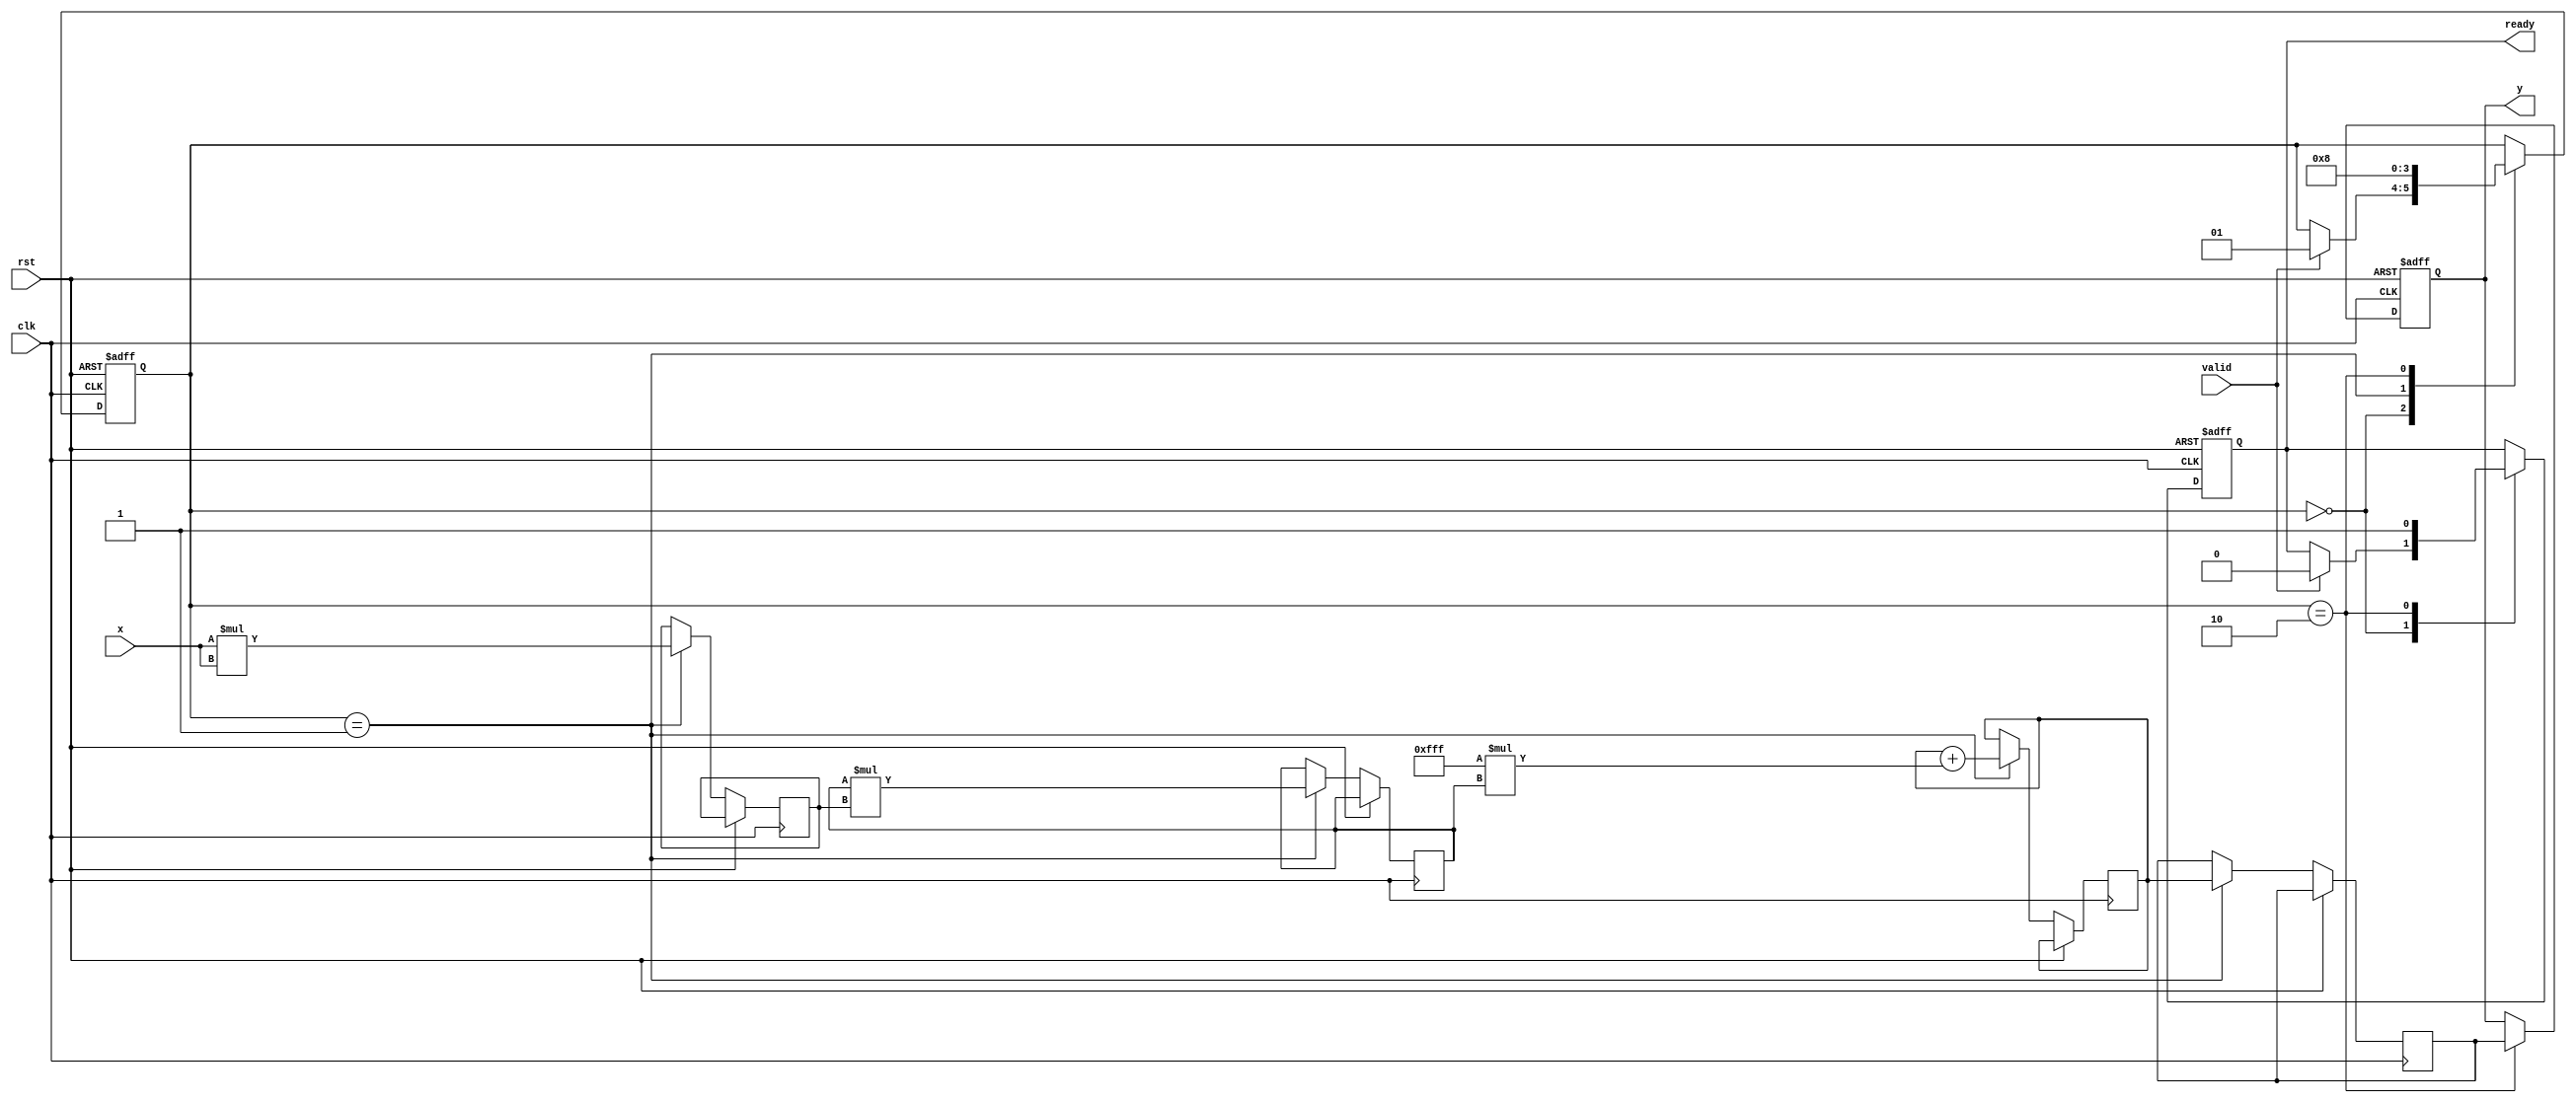
module poly_reciprocal #(
    parameter N = 16, // Input width
    parameter M = 16, // Output width
    parameter K = 4   // Number of polynomial terms
)(
    input wire clk,
    input wire rst,
    input wire [N-1:0] x, // Input value (should be in [0, 1])
    input wire valid,      // Input valid signal
    output reg [M-1:0] y, // Output reciprocal
    output reg ready       // Output ready signal
);

// Polynomial coefficients (example values for P(x) = a0 + a1*x + a2*x^2 + a3*x^3 + a4*x^4)
localparam [M-1:0] a0 = 16'hFFFF; // 1.0 in fixed-point representation
localparam [M-1:0] a1 = 16'h7FFF; // Approximation coefficient
localparam [M-1:0] a2 = 16'h3FFF; // Approximation coefficient
localparam [M-1:0] a3 = 16'h1FFF; // Approximation coefficient
localparam [M-1:0] a4 = 16'h0FFF; // Approximation coefficient

reg [M-1:0] poly_result;
reg [N-1:0] x_squared;
reg [M-1:0] x_term;
reg [M-1:0] temp_result;

// Control signals
reg [1:0] state;
localparam IDLE = 2'b00, COMPUTE = 2'b01, OUTPUT = 2'b10;

// Compute polynomial approximation
always @(posedge clk or posedge rst) begin
    if (rst) begin
        state <= IDLE;
        y <= 0;
        ready <= 0;
    end else begin
        case (state)
            IDLE: begin
                if (valid) begin
                    // Start computation
                    state <= COMPUTE;
                    ready <= 0;
                end
            end
            
            COMPUTE: begin
                // Polynomial approximation: P(x) = a0 + a1*x + a2*x^2 + a3*x^3 + a4*x^4
                // Compute x^2, x^3, x^4
                x_squared <= x * x;
                x_term <= x;
                temp_result <= a0;
                
                // Add a1*x
                temp_result <= temp_result + (a1 * x_term);
                
                // Add a2*x^2
                temp_result <= temp_result + (a2 * x_squared);
                
                // Add a3*x^3
                x_term <= x_term * x_squared; // x^3
                temp_result <= temp_result + (a3 * x_term);
                
                // Add a4*x^4
                x_term <= x_term * x_squared; // x^4
                temp_result <= temp_result + (a4 * x_term);
                
                // Store result
                poly_result <= temp_result;
                state <= OUTPUT;
            end
            
            OUTPUT: begin
                // Output the result
                y <= poly_result;
                ready <= 1; // Indicate output is ready
                state <= IDLE; // Go back to idle
            end
        endcase
    end
end

endmodule